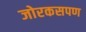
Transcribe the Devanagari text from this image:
जोरकसपण